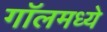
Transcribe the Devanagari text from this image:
गॉलमध्ये